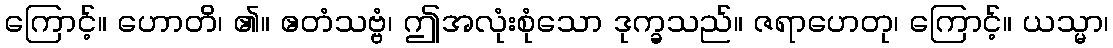
ကြောင့်။ ဟောတိ၊ ၏။ ဧတံသဗ္ဗံ၊ ဤအလုံးစုံသော ဒုက္ခသည်။ ဇရာဟေတု၊ ကြောင့်။ ယသ္မာ၊